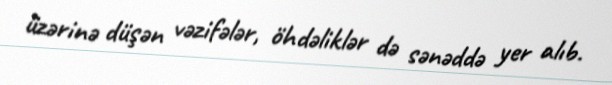
üzərinə düşən vəzifələr, öhdəliklər də sənəddə yer alıb.